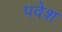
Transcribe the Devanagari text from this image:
पवेश